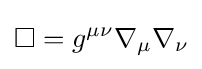
\Box =g^{\mu \nu }\nabla _{\mu }\nabla _{\nu }